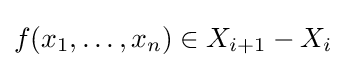
f(x_{1},\ldots ,x_{n})\in X_{i+1}-X_{i}